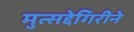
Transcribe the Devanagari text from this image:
मुत्सद्देगिरीने